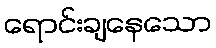
ရောင်းချနေသော